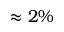
\approx 2 \%